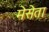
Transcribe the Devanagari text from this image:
मेसेता